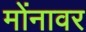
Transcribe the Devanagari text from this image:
मोंनावर